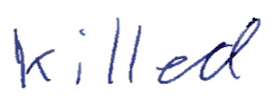
Text: killed
Cross-out: clean
Writing tool: ballpoint